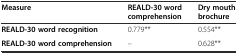
<table><thead><tr><td><b>Measure</b></td><td><b>REALD-30 word comprehension</b></td><td><b>Dry mouth brochure</b></td></tr></thead><tbody><tr><td><b>REALD-30 word recognition</b></td><td>0.779**</td><td>0.554**</td></tr><tr><td><b>REALD-30 word comprehension</b></td><td>--</td><td>0.628**</td></tr></tbody></table>